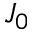
J _ { 0 }